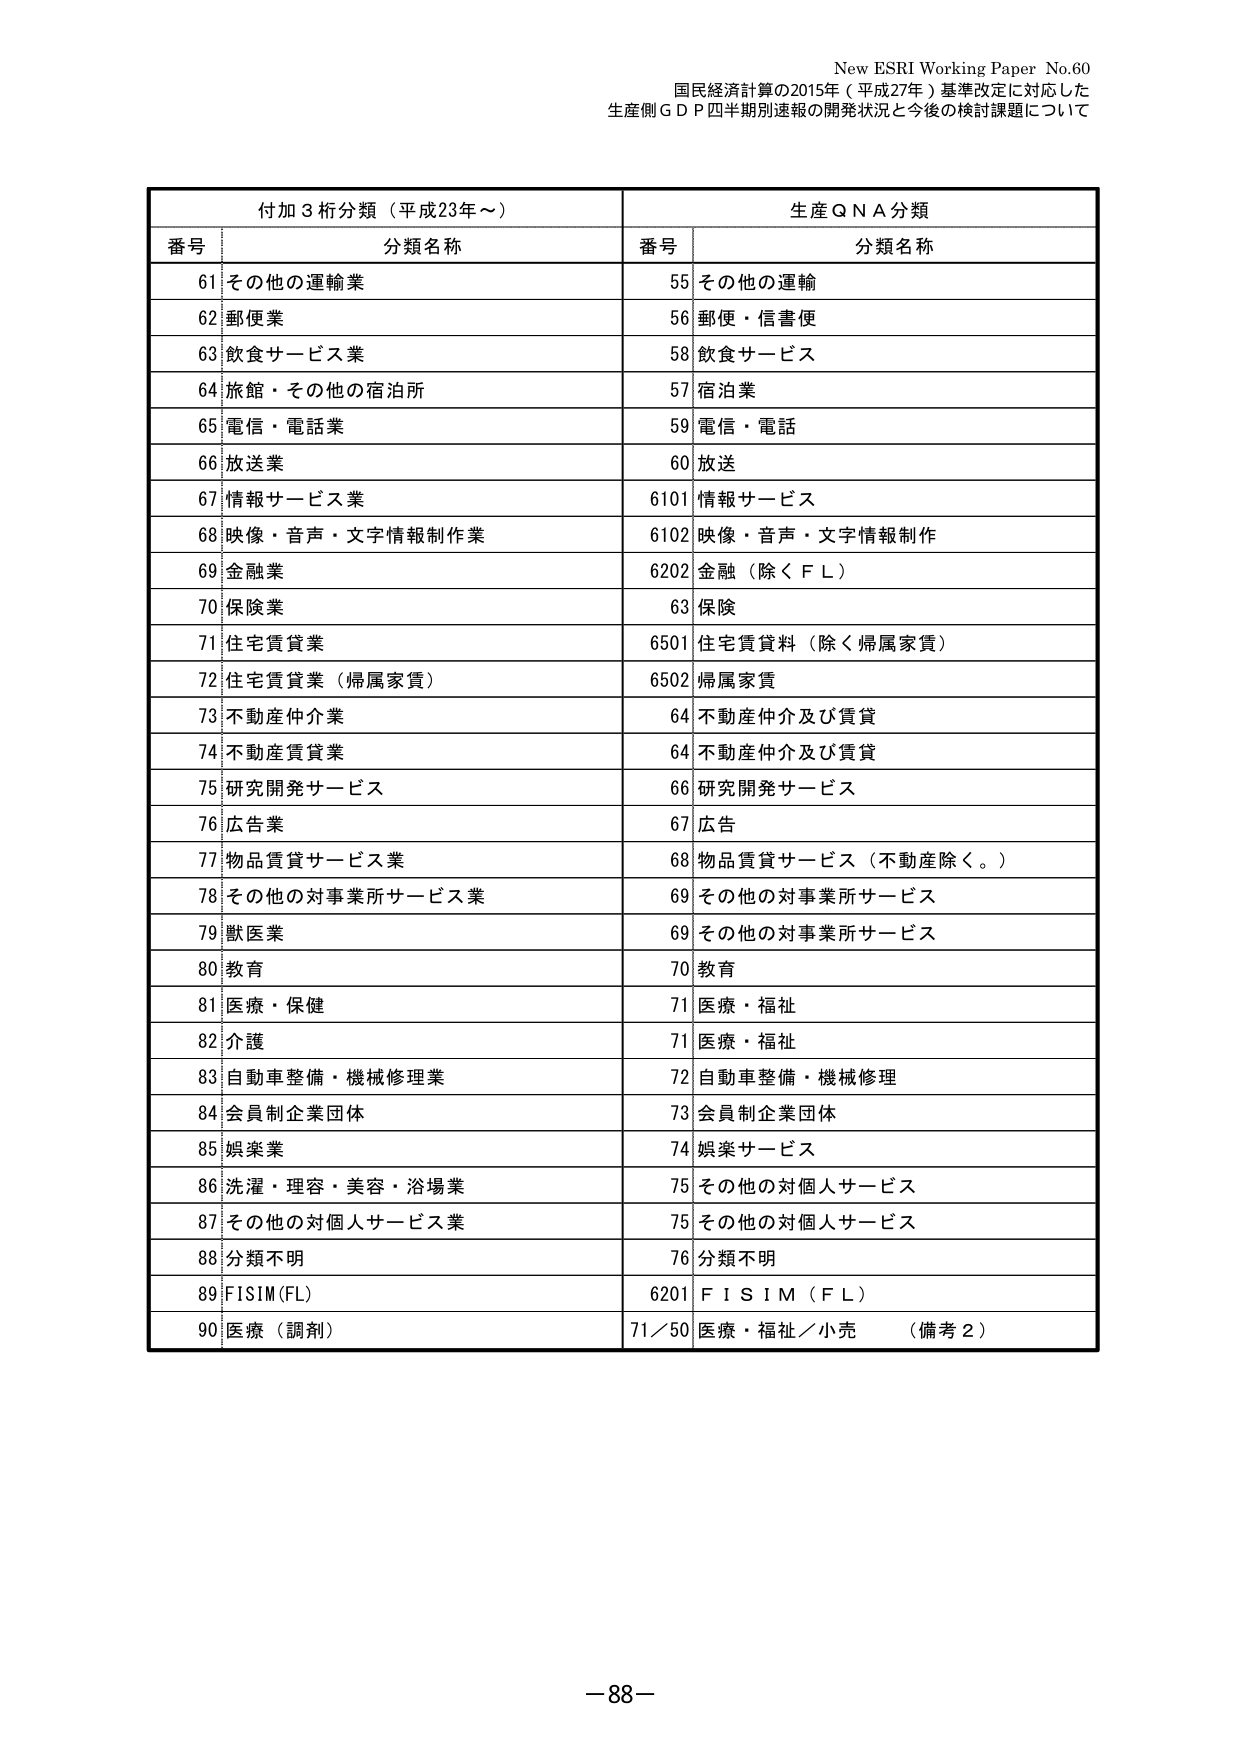
New ESRI Working Paper No.60
国民経済計算の2015年（平成27年）基準改定に対応した
生産側ＧＤＰ四半期別速報の開発状況と今後の検討課題について

付加3桁分類（平成23年～）　　　　　　　　　　　生産QNA分類
番号　分類名称　　　　　　　　　　　　　　　番号　分類名称
61　その他の運輸業　　　　　　　　　　　　　55　その他の運輸
62　郵便業　　　　　　　　　　　　　　　　　56　郵便・信書便
63　飲食サービス業　　　　　　　　　　　　　58　飲食サービス
64　旅館・その他の宿泊所　　　　　　　　　　57　宿泊業
65　電信・電話業　　　　　　　　　　　　　　59　電信・電話
66　放送業　　　　　　　　　　　　　　　　　60　放送
67　情報サービス業　　　　　　　　　　　　　6101　情報サービス
68　映像・音声・文字情報制作業　　　　　　6102　映像・音声・文字情報制作
69　金融業　　　　　　　　　　　　　　　　　6202　金融（除くＦＬ）
70　保険業　　　　　　　　　　　　　　　　　63　保険
71　住宅賃貸業　　　　　　　　　　　　　　　6501　住宅賃貸料（除く帰属家賃）
72　住宅賃貸業（帰属家賃）　　　　　　　　6502　帰属家賃
73　不動産仲介業　　　　　　　　　　　　　　64　不動産仲介及び賃貸
74　不動産賃貸業　　　　　　　　　　　　　　64　不動産仲介及び賃貸
75　研究開発サービス　　　　　　　　　　　66　研究開発サービス
76　広告業　　　　　　　　　　　　　　　　　67　広告
77　物品賃貸サービス業　　　　　　　　　　68　物品賃貸サービス（不動産除く。）
78　その他の対事業所サービス業　　　　　　69　その他の対事業所サービス
79　獣医業　　　　　　　　　　　　　　　　　69　その他の対事業所サービス
80　教育　　　　　　　　　　　　　　　　　　70　教育
81　医療・保健　　　　　　　　　　　　　　　71　医療・福祉
82　介護　　　　　　　　　　　　　　　　　　71　医療・福祉
83　自動車整備・機械修理業　　　　　　　　72　自動車整備・機械修理
84　会員制企業団体　　　　　　　　　　　　73　会員制企業団体
85　娯楽業　　　　　　　　　　　　　　　　　74　娯楽サービス
86　洗濯・理容・美容・浴場業　　　　　　75　その他の対個人サービス
87　その他の対個人サービス業　　　　　　75　その他の対個人サービス
88　分類不明　　　　　　　　　　　　　　　　76　分類不明
89　FISIM(FL)　　　　　　　　　　　　　　　6201　ＦＩＳＩＭ（ＦＬ）
90　医療（調剤）　　　　　　　　　　　　　71／50　医療・福祉／小売　（備考２）

－88－